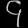
Digit: ၄